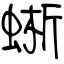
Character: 蜥